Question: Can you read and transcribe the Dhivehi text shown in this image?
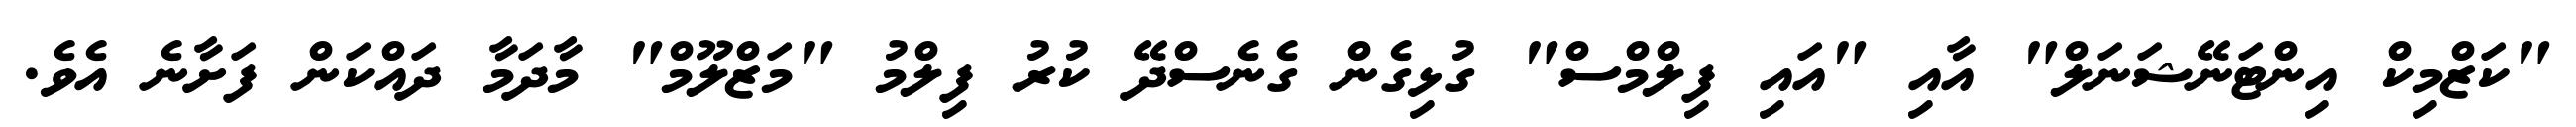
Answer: "ކަޒްމިކް އިންޓަނޭޝަނަލް" އާއި "އައި ފިލްމްސް" ގުޅިގެން ގެނެސްދޭ ކުރު ފިލްމު "މަޒްލޫމް" މާދަމާ ދައްކަން ފަށާނެ އެވެ.